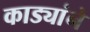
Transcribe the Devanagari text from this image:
काड्यांने